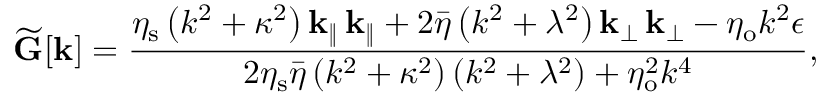
\widetilde { \mathbf { G } } [ \mathbf { k } ] = \frac { \eta _ { \mathrm { s } } \left( k ^ { 2 } + \kappa ^ { 2 } \right) \mathbf { k } _ { \| } \, \mathbf { k } _ { \| } + 2 \bar { \eta } \left( k ^ { 2 } + \lambda ^ { 2 } \right) \mathbf { k } _ { \perp } \, \mathbf { k } _ { \perp } - \eta _ { \mathrm { o } } k ^ { 2 } \boldsymbol { \epsilon } } { 2 \eta _ { \mathrm { s } } \bar { \eta } \left( k ^ { 2 } + \kappa ^ { 2 } \right) \left( k ^ { 2 } + \lambda ^ { 2 } \right) + \eta _ { \mathrm { o } } ^ { 2 } k ^ { 4 } } ,